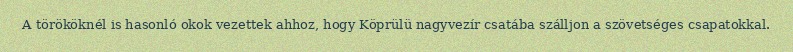
A törököknél is hasonló okok vezettek ahhoz, hogy Köprülü nagyvezír csatába szálljon a szövetséges csapatokkal.